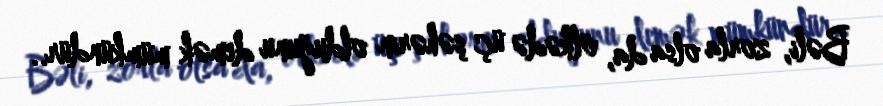
Bəli, zorla olsa da, ölkədə üç şəhərin olduğunu demək mümkündür..